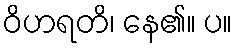
ဝိဟရတိ၊ နေ၏။ ပ။